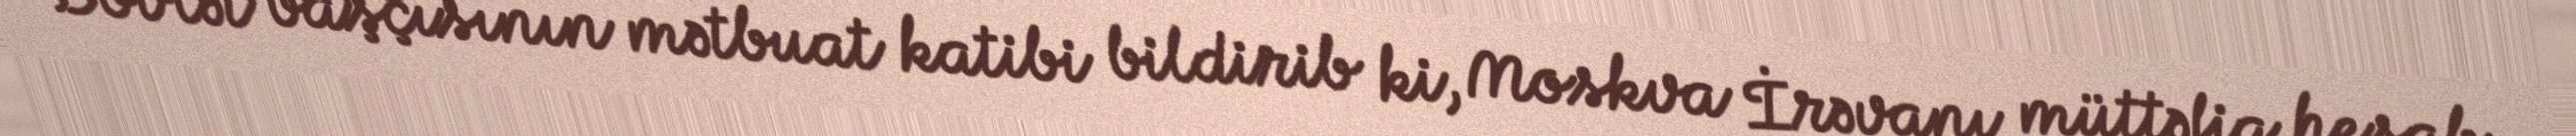
Dövlət başçısının mətbuat katibi bildirib ki, Moskva İrəvanı müttəfiq hesab